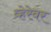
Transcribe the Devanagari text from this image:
व्हेरेवर